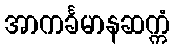
အာကင်္ခမာနဆက္ကံ